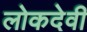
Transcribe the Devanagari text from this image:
लोकदेवी